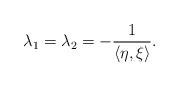
LaTeX: \begin{align*} \lambda_1 = \lambda_2 = -\frac{1}{\langle\eta,\xi\rangle}.\end{align*}